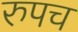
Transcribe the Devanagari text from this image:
रुपच